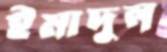
ইমাদুল